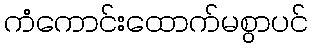
ကံကောင်းထောက်မစွာပင်